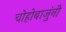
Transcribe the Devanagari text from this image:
चोहोबाजुंनी